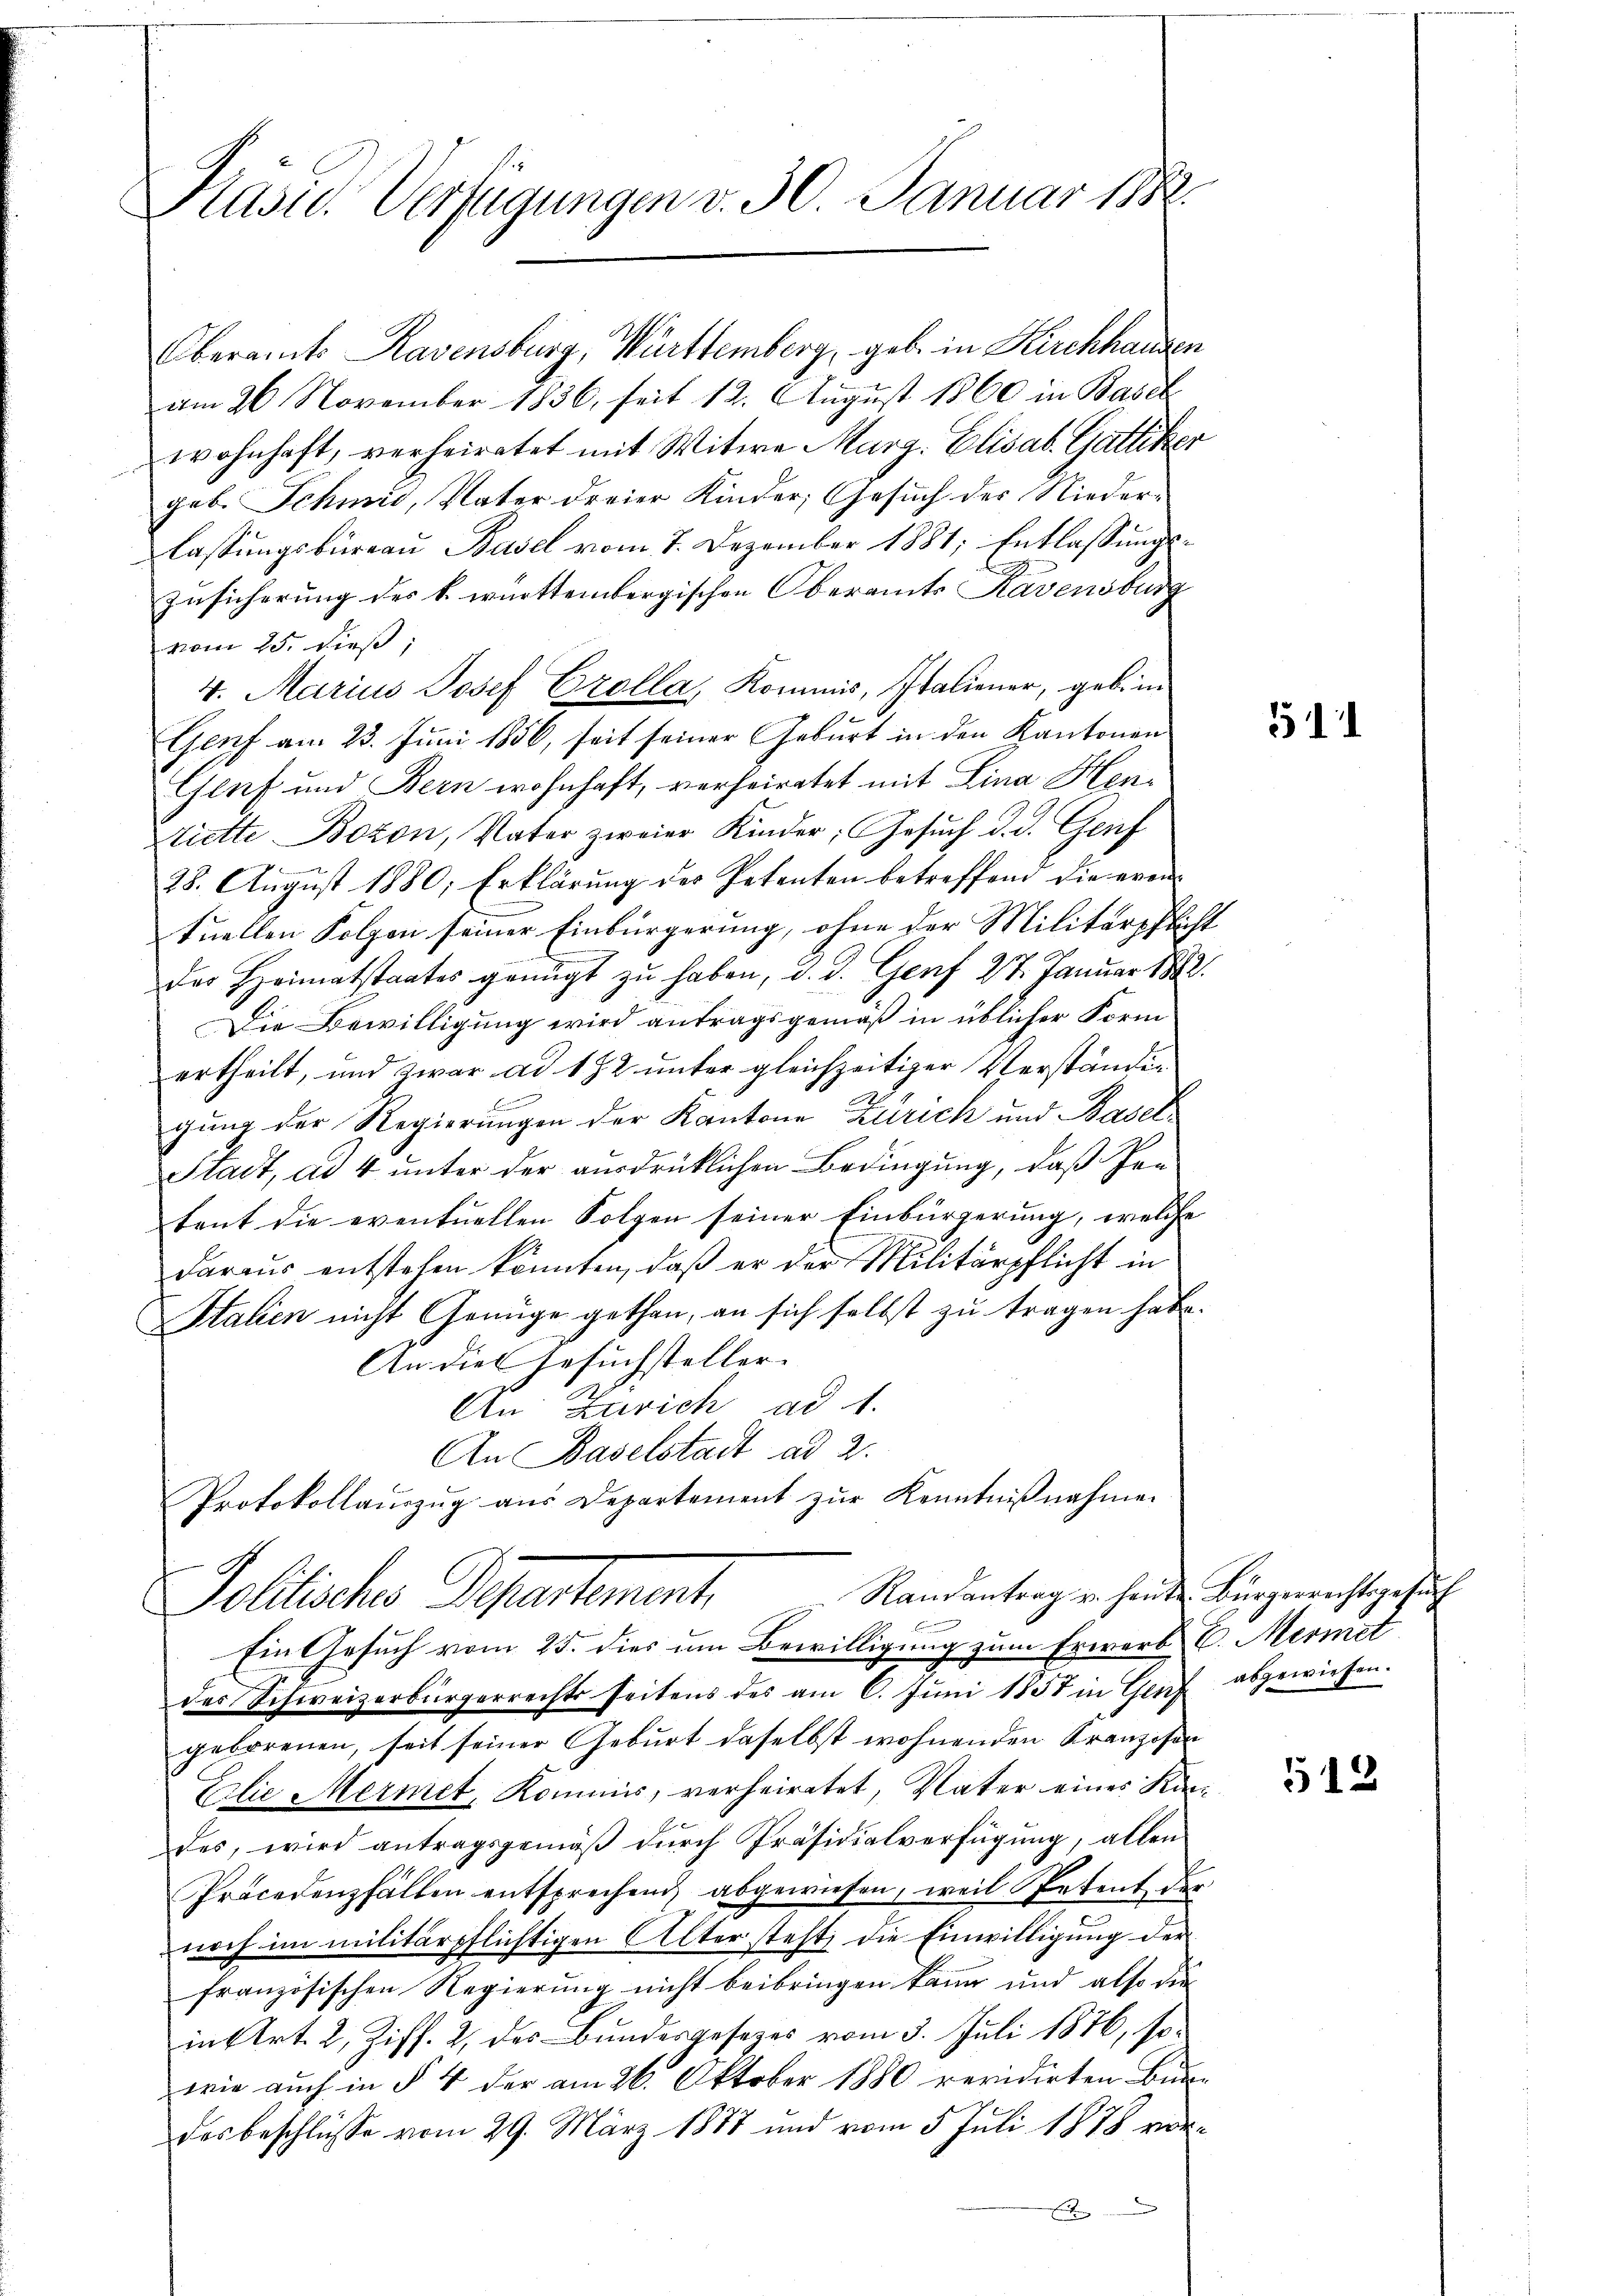
Kasse. Verfügungen v. 30. Januar 1882

Oberamts Ravensburg, Württemberg, geb. in Kirchhausen
am 26. November 1836, seit 12. Aŭgŭst 1860 in Basel
wohnhaft, verheiratet mit Witwe Marg. Elisab. Gattiker
geb. Schmid, Vater dreier Kinder, Gesuch der Niederlassungsbureau Basel vom 7. Dezember 1881; Entlassungs¬
Zusicherung des k. württembergischen Oberamts Ravensburg
vom 25. dieß,
4. Marius Josef Grolla, Kommis, Italiener, geb. in
Genf am 23. Juni 1856, seit seiner Geburt in den Kantonen
Genf und Bern wohnhaft, verheiratet mit Lina Heniette Boton, Vater zweier Kinder, Gesŭch d. d. Genf
28. August 1880; Erklärung des Petenten betreffend die even-
tuellen Folgen seiner Einbürgerung, ohne der Militärpflicht
der Heimatstaates genügt zu haben, d. d. Genf 27. Januar 1882.
Die Bewilligung wird antragsgemäß in üblicher Form
ertheilt, und zwar ad 172 unter gleichzeitiger Verständun
gung der Regierungen der Kantone Zürich und Basel
Stadt, ad 4 unter der ausdrücklichen Bedingung, daß Pre
tent die eventuellen Folgen seiner Einbürgerung, welche
daraus entstehen könnten, daß er der Militärpflicht in
Italien nicht Genüge gethan, an sich selbst zu tragen habe.
An die Gesuchsteller-
An Zürich ad 1.
An Baselstadt ad 2.
Protokollauszug aus Departement zur Kenntnißnahmen
Randantrag u. heute Bürgerrechtsgesuch
Dolliche Petentement.
Ein Gesuch vom 25. dies um Bewilligung zum Erwarb C. Mermet
des Schweizerbürgerrechts seitens des am 6. Juni 1858 in Genf abgewiesen.
geborenen, seit seiner Geburt daselbst wohnenden Kranzosen
Elie Mermet, Kommis, verheiratet, Vater eines Kandes, wird antragsgemäß durch Präsidialverfügung, allen
Procedenzfällen entsprechend, abgewiesen, weil Petent der
noch im militärpflichtigen Alter steht, die Einwilligung der
französischen Regierung nicht beibringen kann und also die
in Art. 2, Ziff. 2, des Bundesgesezes vom 3. Juli 1876, sowie auch in § 4 der am 26. Oktober 1880 revidirten Bun-
desbeschlüsse vom 29. März 1887 und vom 5. Juli 1878 vor¬

511

512